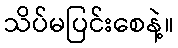
သိပ်မပြင်းစေနဲ့။